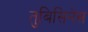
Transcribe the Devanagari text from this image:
तुबिसिनेस